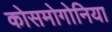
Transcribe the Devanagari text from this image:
कोसमोगोनिया